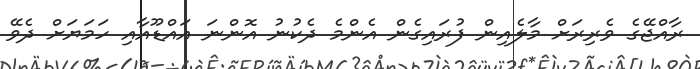
ރާއްޖޭގެ ވެރިރަށް މާލެއިން ފުރައިގެން އެންމެ ދެކުނު އޮންނަ އައްޑޫއާއި ހަމަޔަށް ދެވޭ